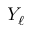
Y _ { \ell }